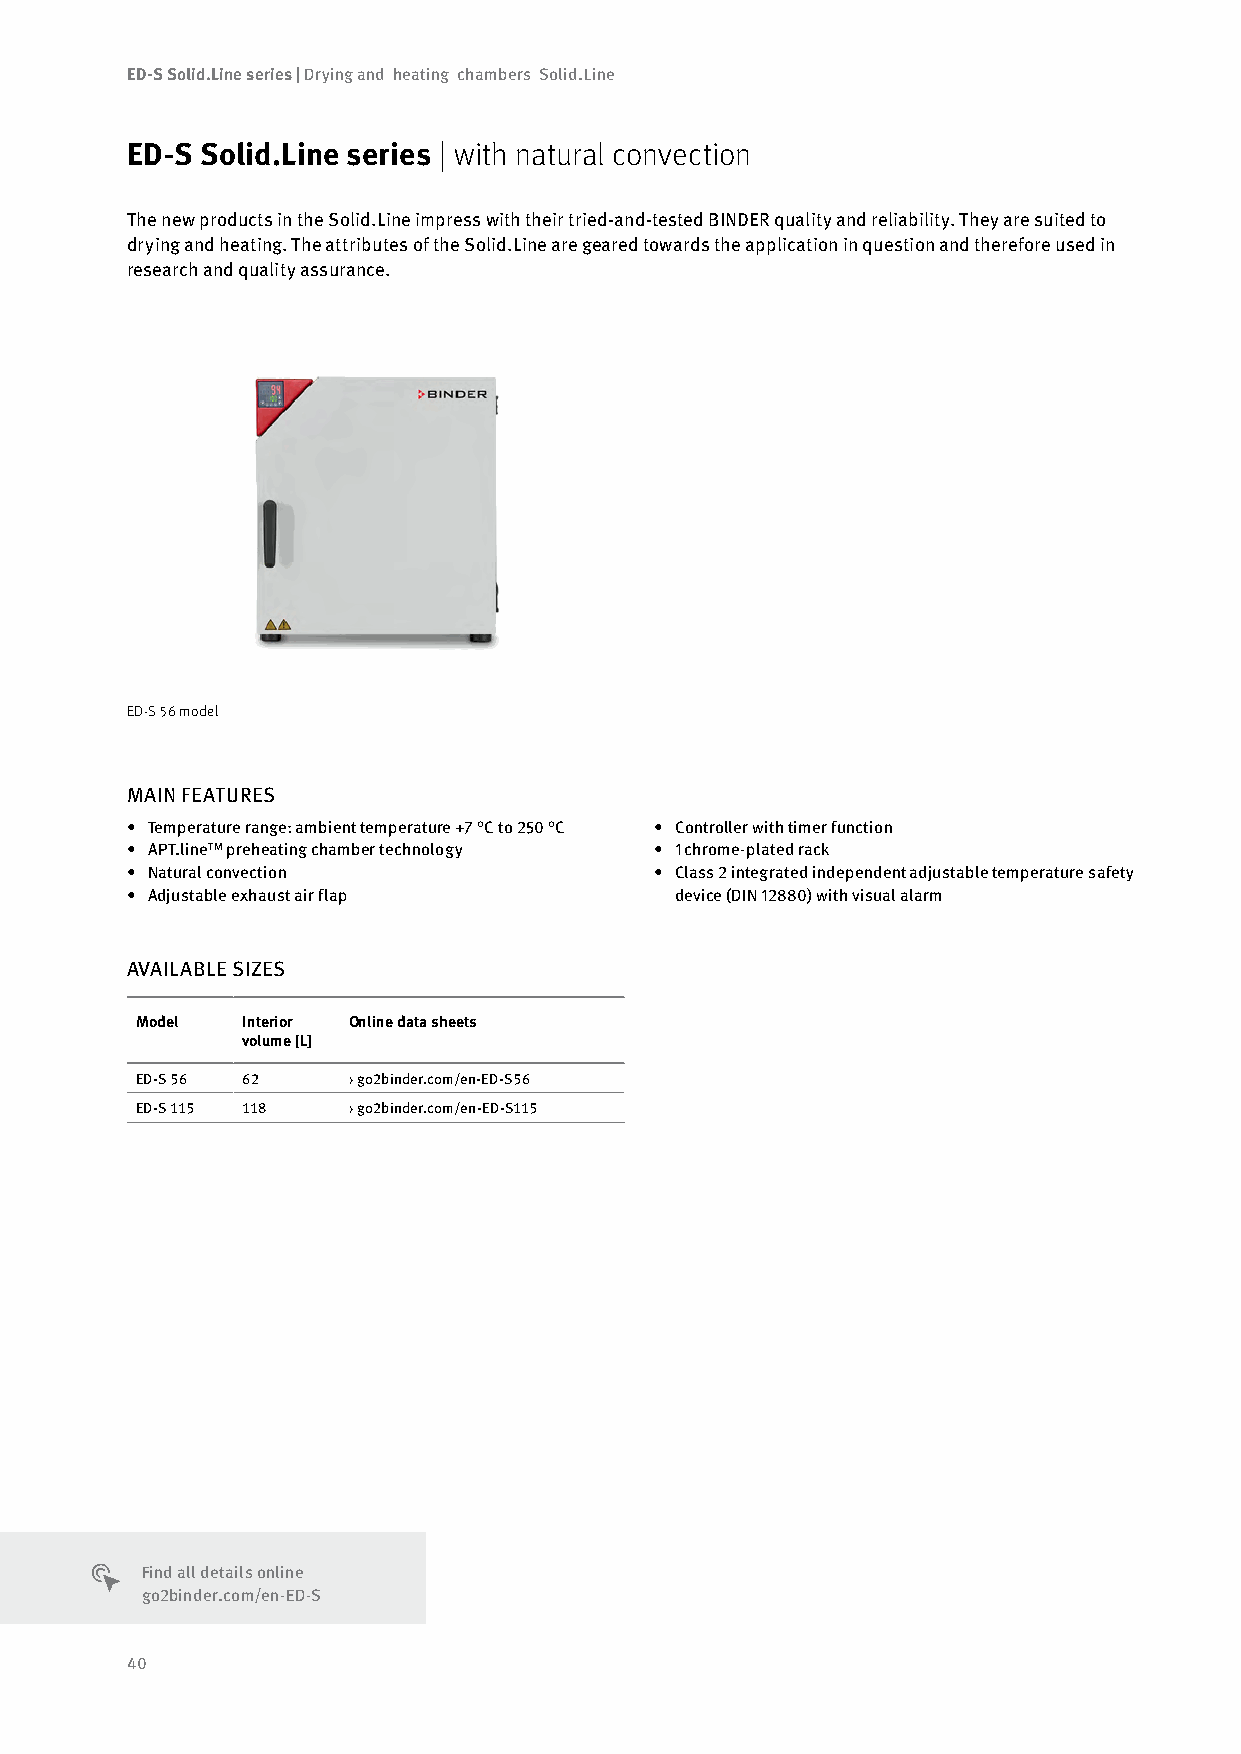
ED-S Solid.Line series | Drying and heating chambers Solid.Line
 ED-S Solid.Line series | with natural convection
 The new products in the Solid.Line impress with their tried-and-tested BINDER quality and reliability. They are suited to
 drying and heating. The attributes of the Solid.Line are geared towards the application in question and therefore used in
 research and quality assurance.
 ED-S 56 model
 MAIN FEATURES
 • Temperature range: ambient temperature +7 °C to 250 °C • Controller with timer function
 • APT.line™ preheating chamber technology • 1 chrome-plated rack
 • Natural convection               • Class 2 integrated independent adjustable temperature safety
 • Adjustable exhaust air flap        device (DIN 12880) with visual alarm
 AVAILABLE SIZES
 Model  Interior Online data sheets
 volume [L]
 ED-S 56 62    › go2binder.com/en-ED-S56
 ED-S 115 118  › go2binder.com/en-ED-S115
 Find all details online
 go2binder.com/en-ED-S
 40